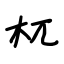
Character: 杌